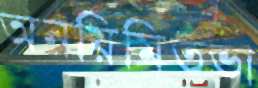
অনয়িমিতভা